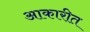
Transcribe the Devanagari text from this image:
आकारीत